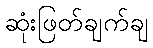
ဆုံးဖြတ်ချက်ချ